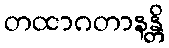
တထာဂတာနန္တိ